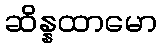
ဆိန္နထာမော